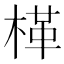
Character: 㮖